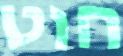
חוט